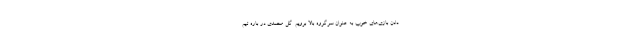
دادن بازی‌های خوب به عنوان سرگروه بالا برویم. گل محمدی در باره تیم